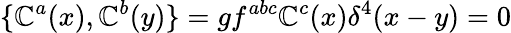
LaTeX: \{ \mathbb{C}^{a}(x),\mathbb{C}^{b}(y)\} =gf^{abc}\mathbb{C}^{c}(x)\delta^{4}(x-y)=0